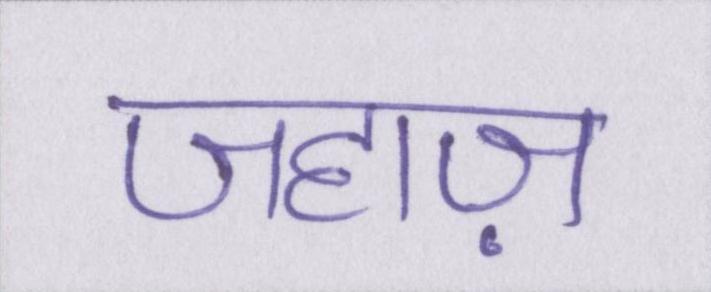
जहाज़